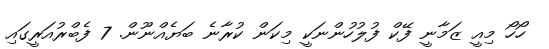
ހޯހޯ މިއީ ޒަމާނީ ފޭކް ފުލުހުންނަކީ މިކަން ކުރާނެ ބަޔެއްނޫން. 7 ފެބްރުއަރީގައި